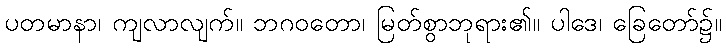
ပတမာနာ၊ ကျလာလျက်။ ဘဂဝတော၊ မြတ်စွာဘုရား၏။ ပါဒေ၊ ခြေတော်၌။